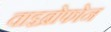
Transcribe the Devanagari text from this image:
वाइब्रोफोन